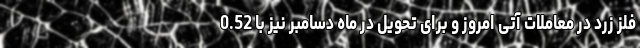
فلز زرد در معاملات آتی امروز و برای تحویل در ماه دسامبر نیز با 0.52